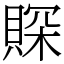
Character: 賝